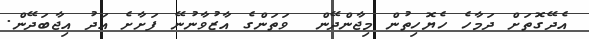
އެދޭގޮތަށް ދަމާހެ ހެޔޮހިތުން މިޖާންދޭން  ވަތަންގެ އާޒުވާނުނޭ ފަށާށެ އަދު އިޖާބަދޭން.